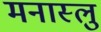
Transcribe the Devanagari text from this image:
मनास्लु